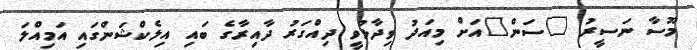
މޫސާ ނަސީރު "ސަން"އަށް މިއަދު ވިދާޅުވީ ދިއްގަރު ދާއިރާގެ ބައި އިލެކްޝަންގައި އަމިއްލަ